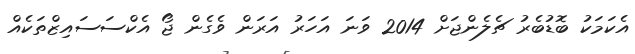
އެކަމަކު ބޮޑުބެރު ޗެލެންޖަށް 2014 ވަނަ އަހަރު އަރަން ވެގެން ޖޯ އެކްސަސައިޒްތަކެއް